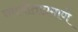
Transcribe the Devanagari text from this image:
नवनीताप्रमाणे